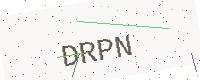
Text: DRPN